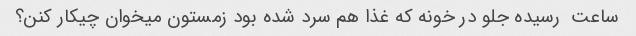
ساعت  رسیده جلو در خونه که غذا هم سرد شده بود زمستون میخوان چیکار کنن؟